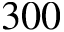
3 0 0